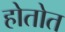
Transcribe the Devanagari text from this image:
होतोत